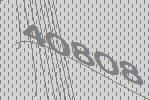
40808